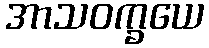
အာသဝက္ခယေ